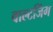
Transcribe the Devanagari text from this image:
वाल्टजिंग